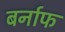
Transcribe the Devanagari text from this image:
बर्नाफ